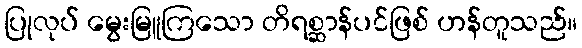
ပြုလုပ် မွေးမြူကြသော တိရစ္ဆာန်ပင်ဖြစ် ဟန်တူသည်။